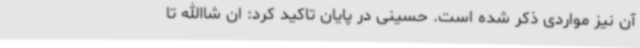
آن نیز مواردی ذکر شده است. حسینی در پایان تاکید کرد: ان شاالله تا